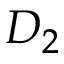
D _ { 2 }